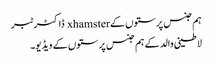
ہم جنس پرستوں کے xhamster ڈاکٹر ٹبر
لاطینی والد کے ہم جنس پرستوں کے ویڈیو۔